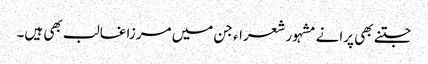
جتنے بھی پرانے مشہور شعراء جن میں مرزا غالب بھی ہیں۔